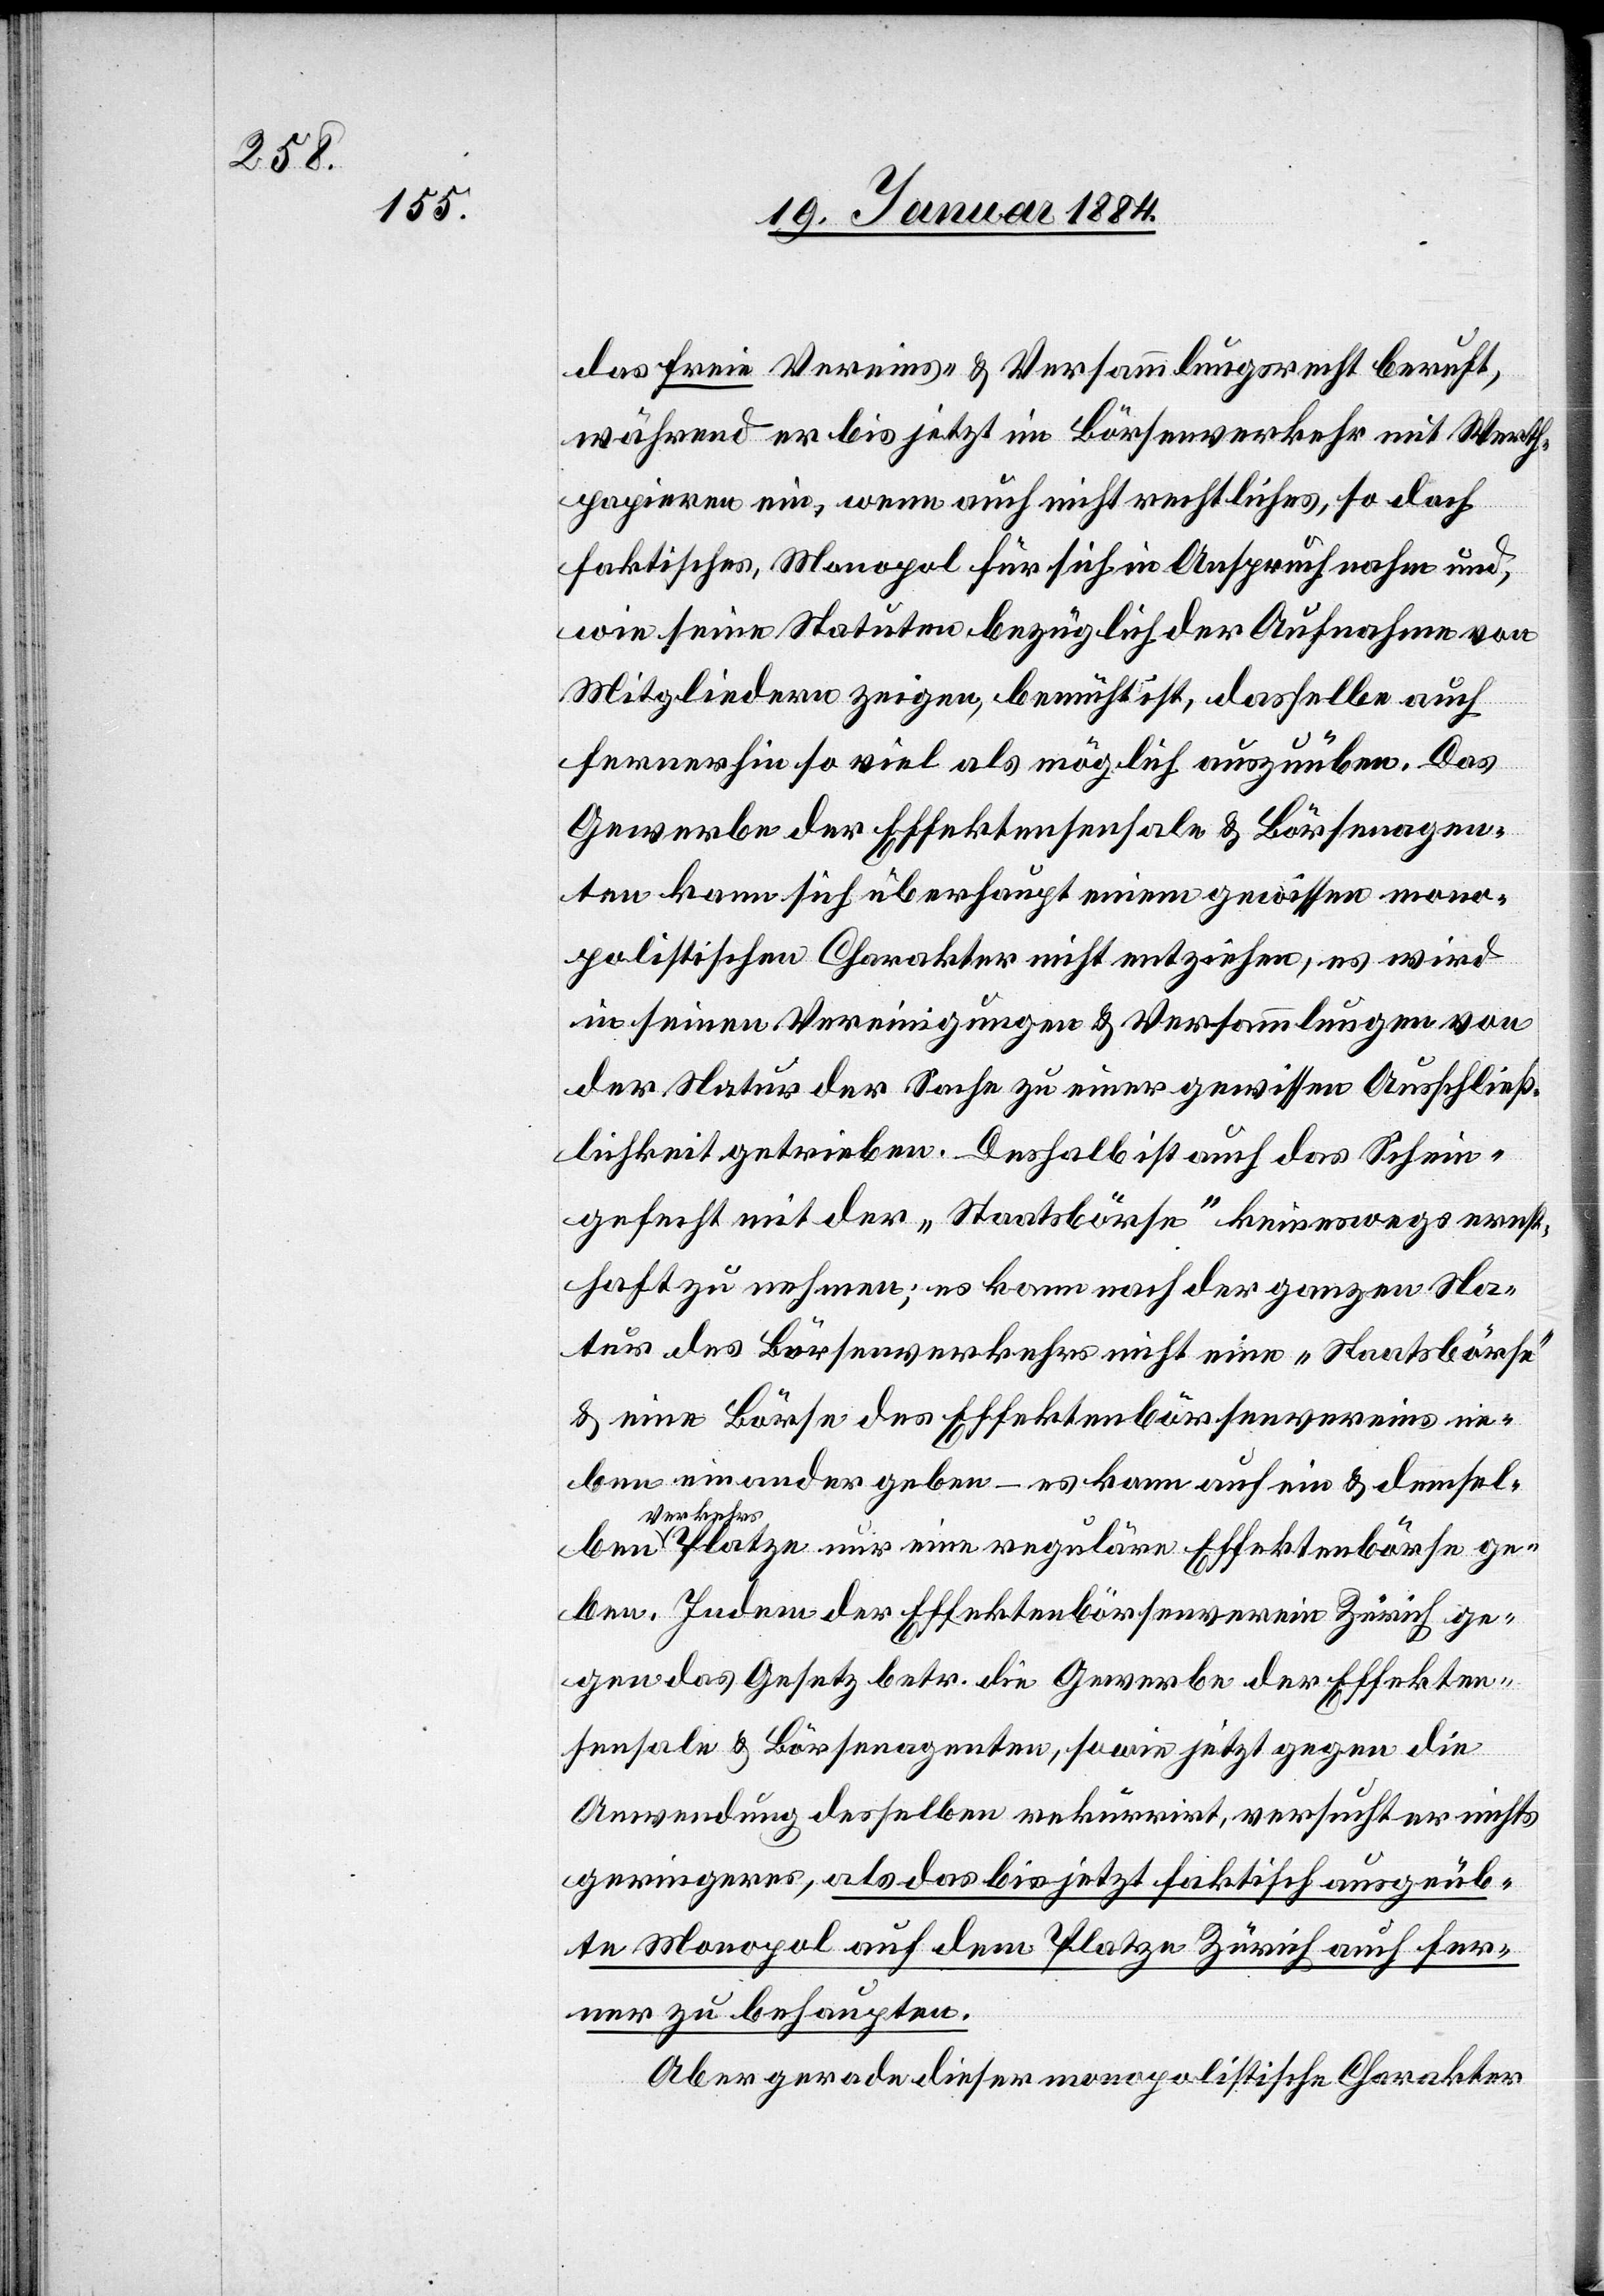
das freie Vereins- & Versammlungsrecht beruft,
während er bis jetzt im Börsenverkehr mit Werth¬
papieren ein, wenn auch nicht rechtliches, so doch
faktischen Monopol für sich in Anspruch nahm und,
wie freie Statuten bezüglich der Aufnahme von
Mitgliedern zeigen, bemächtigt ist, dassele auch
fernerhin so viel als möglich auszuüben. Das
Gewerbe der Effektensensale & Börsenagen¬
ten kann sich überhaupt einem gewissen mono¬
politischen Charakter nicht entziehen, es wird
in seinen Vereinigungen & Versammlungen von
der Natur der Sache zu einer gewissen Ausschliess¬
lichkeit getrieben. – Deshalb ist auch das Schein¬
gefecht mit der „Staatsbörse“ keineswegs ernst¬
haft zu nehmen; es kann nach der ganzen Na¬
tur des Börsenverkehrs nicht eine „Staatsbörse“
& eine Börse des Effektenbörsenvereins ne¬
ben einander geben – es kann auf ein & demselben
Verkehrs¬
platze nur eine reguläre Effektenbörse ge¬
ben. Indem der Effektenbörsenverein Zürich ge¬
gen das Gesetz betr. die Gewerbe der Effekten¬
sensale & Börsenagenten, sowie jetzt gegen die
Anwendung desselben rekurrirt, versucht er nichts
geringer, als das bis jetzt faktisch ausgedrück¬
te Monopol auf dem Platze Zürich auch fer¬
ner zu behaupten.
Aber gerade dieser monopolitische Charakter